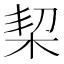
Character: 栔